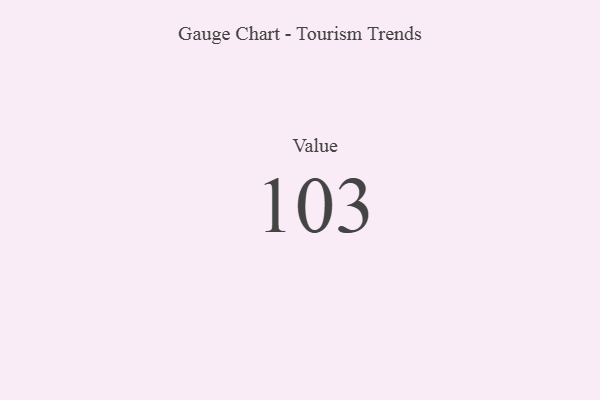
{"axis": {"x": "Metric", "y": "Value"}, "legend": [""], "data": [{"x": "Value", "y": 103, "type": ""}]}